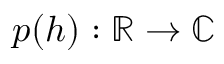
p ( h ) : \mathbb R \rightarrow \mathbb C